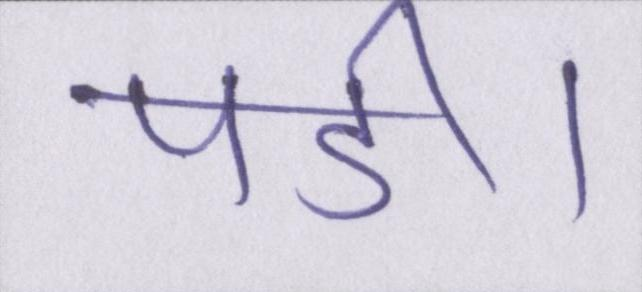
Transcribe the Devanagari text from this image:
पडी।